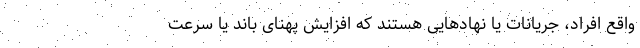
واقع افراد، جریانات یا نهادهایی هستند که افزایش پهنای باند یا سرعت